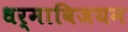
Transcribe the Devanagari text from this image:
धर्माविजयन